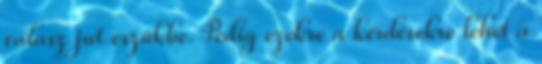
válasz jut eszükbe. Pedig ezekre a kérdésekre lehet a